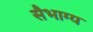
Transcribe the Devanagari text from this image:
सैभाग्य